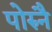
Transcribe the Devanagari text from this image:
पोरुनै